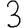
Digit: 3